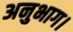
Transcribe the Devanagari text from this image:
अनुभाग।